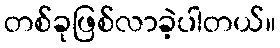
တစ်ခုဖြစ်လာခဲ့ပါတယ်။